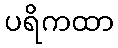
ပရိကထာ